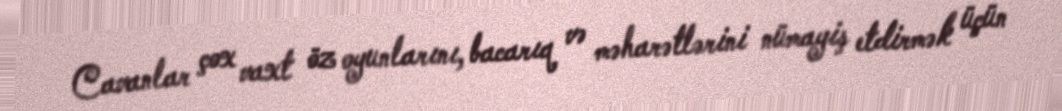
Cavanlar çox vaxt öz oyunlarını, bacarıq və məharətlərini nümayiş etdirmək üçün